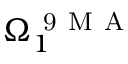
\Omega _ { 1 } ^ { \mathrm { ~ 9 ~ M ~ A ~ } }